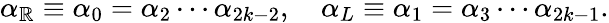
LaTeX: \alpha_{\mathbb{R}}\equiv\alpha_{0}=\alpha_{2}\cdots\alpha_{2k-2},\quad\alpha_{L}\equiv\alpha_{1}=\alpha_{3}\cdots\alpha_{2k-1}.